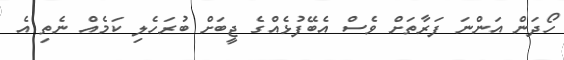
ހޯދަން އަންނަ ފަރާތަށް ވެސް އެބޭފުޅެއްގެ ޖީބަށް ބުރަހެލި ކަމެއް ނެތި އެ